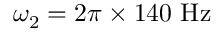
\omega _ { 2 } = 2 \pi \times 1 4 0 ~ \mathrm { H z }